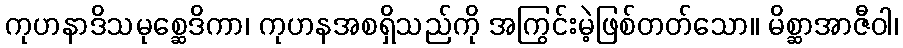
ကုဟနာဒိသမုစ္ဆေဒိကာ၊ ကုဟနအစရှိသည်ကို အကြွင်းမဲ့ဖြစ်တတ်သော။ မိစ္ဆာအာဇီဝါ၊